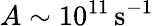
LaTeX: A\sim 10^{11}\, \mathrm{s}^{-1}